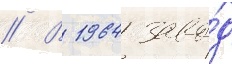
// В 1964 заво́д